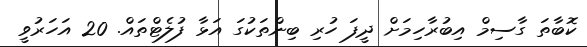
ކޮބާތަ ގާސިމް އިބުރާހިމަށް ދީފަ ހުރި ބިންތަކުގަ އަޅާ ފުލެޓްތައް. 20 އަހަރުވީ